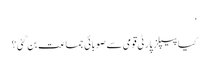
‘
کیا پیپلز پارٹی قومی سے صوبائی جماعت بن گئی ؟